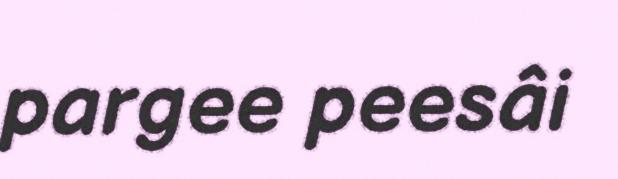
pargee peesâi